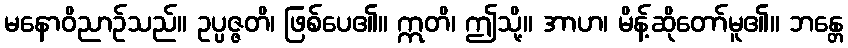
မနောဝိညာဉ်သည်။ ဥပ္ပဇ္ဇတိ၊ ဖြစ်ပေ၏။ ဣတိ၊ ဤသို့။ အာဟ၊ မိန့်ဆိုတော်မူ၏။ ဘန္တေ